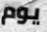
يوم